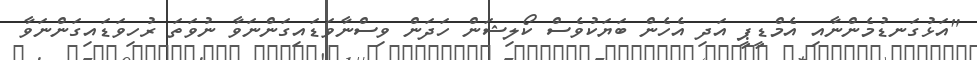
"އަޅުގަނޑުމެންނާއި އެމްޑީޕީ އަދި އެހެން ބަޔަކުވެސް ކޯލިޝަން ހަދަން ވިސްނާވަޑައިގަންނަވާ ނުވަތަ ރުހިވަޑައިގަންނަވާ